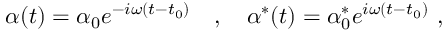
\alpha ( t ) = \alpha _ { 0 } e ^ { - i \omega ( t - t _ { 0 } ) } \ \ \ , \ \ \ \alpha ^ { * } ( t ) = \alpha _ { 0 } ^ { * } e ^ { i \omega ( t - t _ { 0 } ) } \ ,